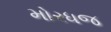
મોરધજ